Lunatic asylums Burma 1907-21 - 1907-1921
Year: 1907
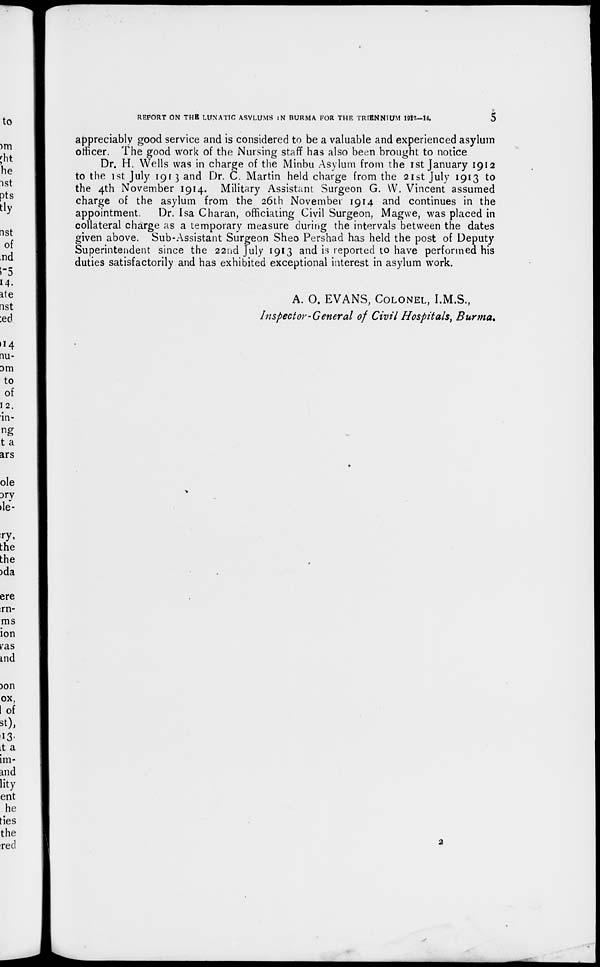
REPORT ON THE LUNATIC ASYLUMS IN BURMA FOR THE TRIENNIUM 1912-14.
5
appreciably good service and is considered to be a valuable and experienced asylum
officer. The good work of the Nursing staff has also been brought to notice
Dr. H. Wells was in charge of the Minbu Asylum from the 1st January 1912
to the 1st July 1913 and Dr. C. Martin held charge from the 21st July 1913 to
the 4th November 1914. Military Assistant Surgeon G. W. Vincent assumed
charge of the asylum from the 26th November 1914 and continues in the
appointment.
Dr. Isa Charan, officiating Civil Surgeon, Magwe, was placed in
collateral charge as a temporary measure during the intervals between the dates
given above. Sub-Assistant Surgeon Sheo Pershad has held the post of Deputy
Superintendent since the 22nd July 1913 and is reported to have performed his
duties satisfactorily and has exhibited exceptional interest in asylum work.
A. O. EVANS, COLONEL, I.M.S.,
Inspector-General of Civil Hospitals, Burma.
2